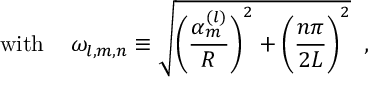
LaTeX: \mathrm { w i t h ~ } \; \; \; \omega _ { l , m , n } \equiv \sqrt { \Biggl ( \frac { \alpha _ { m } ^ { ( l ) } } R \Biggr ) ^ { 2 } + \Biggl ( \frac { n \pi } { 2 L } \Biggr ) ^ { 2 } } \; \; ,